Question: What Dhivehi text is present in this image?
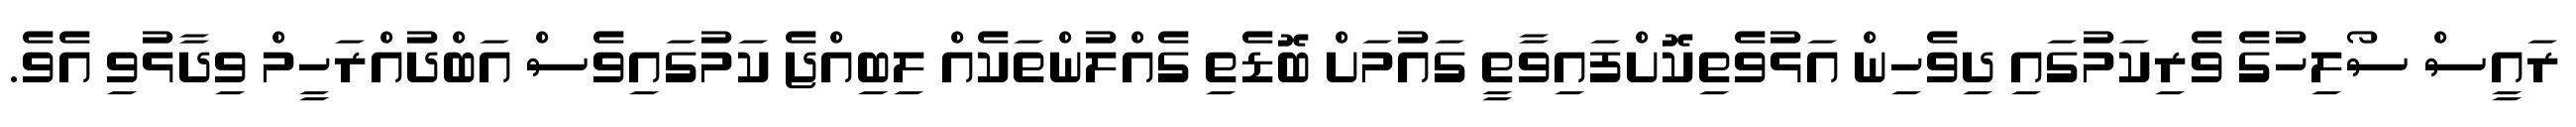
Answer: ރައީސް ސޯލިހުގެ ވެރިކަމުގައި ދިވެހިން އަޅުވެތިކޮށްފައިވާތީ ގައުމަށް ބޮޑެތި ގެއްލުންތަކެއް ލިބިއްޖެ ކަމުގައިވެސް އަބްދުއްރަހީމް ވިދާޅުވި އެވެ.